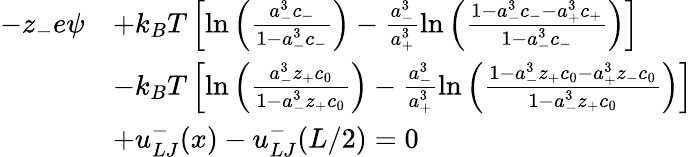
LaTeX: \begin{array}{rl}{-z_{-}e\psi}&{+k_{B}T\left[\ln\left({\frac{a_{-}^{3}c_{-}}{1-a_{-}^{3}c_{-}}}\right)-\frac{a_{-}^{3}}{a_{+}^{3}}\ln\left({\frac{1-a_{-}^{3}c_{-}-a_{+}^{3}c_{+}}{1-a_{-}^{3}c_{-}}}\right)\right]}\\ &{-k_{B}T\left[\ln\left({\frac{a_{-}^{3}z_{+}c_{0}}{1-a_{-}^{3}z_{+}c_{0}}}\right)-\frac{a_{-}^{3}}{a_{+}^{3}}\ln\left({\frac{1-a_{-}^{3}z_{+}c_{0}-a_{+}^{3}z_{-}c_{0}}{1-a_{-}^{3}z_{+}c_{0}}}\right)\right]}\\ &{+u_{LJ}^{-}(x)-u_{LJ}^{-}(L/2)=0}\end{array}